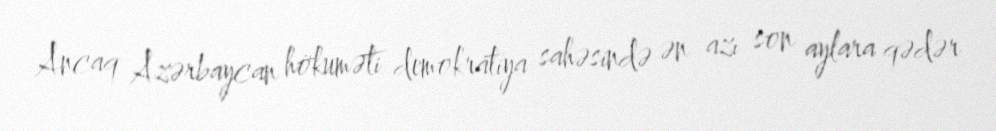
Ancaq Azərbaycan hökuməti demokratiya sahəsində ən azı son aylara qədər